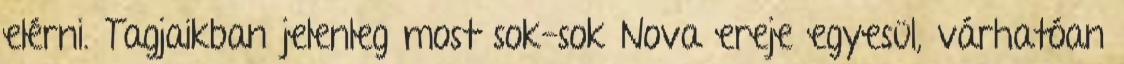
elérni. Tagjaikban jelenleg most sok-sok Nova ereje egyesül, várhatóan